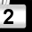
Digit: 2